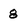
Character: 8